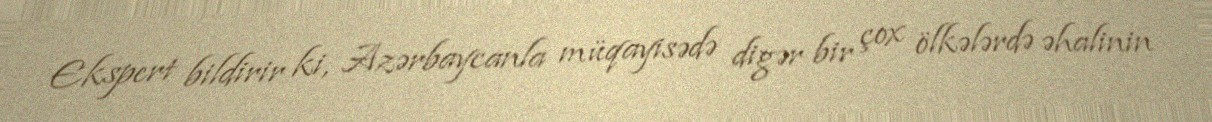
Ekspert bildirir ki, Azərbaycanla müqayisədə digər bir çox ölkələrdə əhalinin